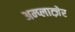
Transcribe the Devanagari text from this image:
अम्प्लात्ज़ेर